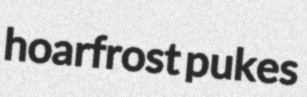
hoarfrost pukes